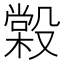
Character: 𣪿